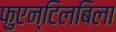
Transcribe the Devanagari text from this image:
फुएन्टिलबिला